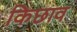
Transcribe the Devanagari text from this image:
किछाव